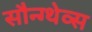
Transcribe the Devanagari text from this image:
सौन्ग्थेव्स